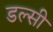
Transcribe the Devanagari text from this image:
डल्सी